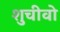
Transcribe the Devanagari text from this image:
शुचीवो